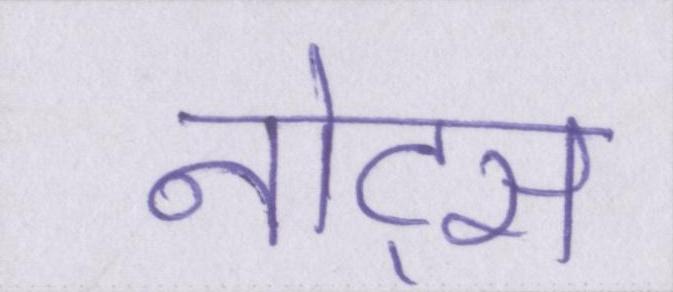
नोट्स